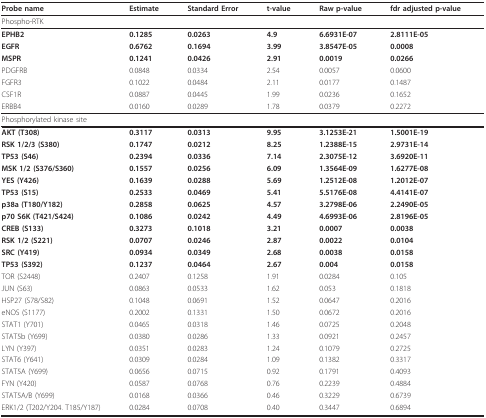
<table><thead><tr><td><b>Probe name</b></td><td><b>Estimate</b></td><td><b>Standard Error</b></td><td><b>t-value</b></td><td><b>Raw p-value</b></td><td><b>fdr adjusted p-value</b></td></tr></thead><tbody><tr><td>Phospho-RTK</td><td></td><td></td><td></td><td></td><td></td></tr><tr><td><b>EPHB2</b></td><td><b>0.1285</b></td><td><b>0.0263</b></td><td><b>4.9</b></td><td><b>6.6931E-07</b></td><td><b>2.8111E-05</b></td></tr><tr><td><b>EGFR</b></td><td><b>0.6762</b></td><td><b>0.1694</b></td><td><b>3.99</b></td><td><b>3.8547E-05</b></td><td><b>0.0008</b></td></tr><tr><td><b>MSPR</b></td><td><b>0.1241</b></td><td><b>0.0426</b></td><td><b>2.91</b></td><td><b>0.0019</b></td><td><b>0.0266</b></td></tr><tr><td>PDGFRB</td><td>0.0848</td><td>0.0334</td><td>2.54</td><td>0.0057</td><td>0.0600</td></tr><tr><td>FGFR3</td><td>0.1022</td><td>0.0484</td><td>2.11</td><td>0.0177</td><td>0.1487</td></tr><tr><td>CSF1R</td><td>0.0887</td><td>0.0445</td><td>1.99</td><td>0.0236</td><td>0.1652</td></tr><tr><td>ERBB4</td><td>0.0160</td><td>0.0289</td><td>1.78</td><td>0.0379</td><td>0.2272</td></tr><tr><td>Phosphorylated kinase site</td><td></td><td></td><td></td><td></td><td></td></tr><tr><td><b>AKT (T308)</b></td><td><b>0.3117</b></td><td><b>0.0313</b></td><td><b>9.95</b></td><td><b>3.1253E-21</b></td><td><b>1.5001E-19</b></td></tr><tr><td><b>RSK 1/2/3 (S380)</b></td><td><b>0.1747</b></td><td><b>0.0212</b></td><td><b>8.25</b></td><td><b>1.2388E-15</b></td><td><b>2.9731E-14</b></td></tr><tr><td><b>TP53 (S46)</b></td><td><b>0.2394</b></td><td><b>0.0336</b></td><td><b>7.14</b></td><td><b>2.3075E-12</b></td><td><b>3.6920E-11</b></td></tr><tr><td><b>MSK 1/2 (S376/S360)</b></td><td><b>0.1557</b></td><td><b>0.0256</b></td><td><b>6.09</b></td><td><b>1.3564E-09</b></td><td><b>1.6277E-08</b></td></tr><tr><td><b>YES (Y426)</b></td><td><b>0.1639</b></td><td><b>0.0288</b></td><td><b>5.69</b></td><td><b>1.2512E-08</b></td><td><b>1.2012E-07</b></td></tr><tr><td><b>TP53 (S15)</b></td><td><b>0.2533</b></td><td><b>0.0469</b></td><td><b>5.41</b></td><td><b>5.5176E-08</b></td><td><b>4.4141E-07</b></td></tr><tr><td><b>p38a (T180/Y182)</b></td><td><b>0.2858</b></td><td><b>0.0625</b></td><td><b>4.57</b></td><td><b>3.2798E-06</b></td><td><b>2.2490E-05</b></td></tr><tr><td><b>p70 S6K (T421/S424)</b></td><td><b>0.1086</b></td><td><b>0.0242</b></td><td><b>4.49</b></td><td><b>4.6993E-06</b></td><td><b>2.8196E-05</b></td></tr><tr><td><b>CREB (S133)</b></td><td><b>0.3273</b></td><td><b>0.1018</b></td><td><b>3.21</b></td><td><b>0.0007</b></td><td><b>0.0038</b></td></tr><tr><td><b>RSK 1/2 (S221)</b></td><td><b>0.0707</b></td><td><b>0.0246</b></td><td><b>2.87</b></td><td><b>0.0022</b></td><td><b>0.0104</b></td></tr><tr><td><b>SRC (Y419)</b></td><td><b>0.0934</b></td><td><b>0.0349</b></td><td><b>2.68</b></td><td><b>0.0038</b></td><td><b>0.0158</b></td></tr><tr><td><b>TP53 (S392)</b></td><td><b>0.1237</b></td><td><b>0.0464</b></td><td><b>2.67</b></td><td><b>0.004</b></td><td><b>0.0158</b></td></tr><tr><td>TOR (S2448)</td><td>0.2407</td><td>0.1258</td><td>1.91</td><td>0.0284</td><td>0.105</td></tr><tr><td>JUN (S63)</td><td>0.0863</td><td>0.0533</td><td>1.62</td><td>0.053</td><td>0.1818</td></tr><tr><td>HSP27 (S78/S82)</td><td>0.1048</td><td>0.0691</td><td>1.52</td><td>0.0647</td><td>0.2016</td></tr><tr><td>eNOS (S1177)</td><td>0.2002</td><td>0.1331</td><td>1.50</td><td>0.0672</td><td>0.2016</td></tr><tr><td>STAT1 (Y701)</td><td>0.0465</td><td>0.0318</td><td>1.46</td><td>0.0725</td><td>0.2048</td></tr><tr><td>STAT5b (Y699)</td><td>0.0380</td><td>0.0286</td><td>1.33</td><td>0.0921</td><td>0.2457</td></tr><tr><td>LYN (Y397)</td><td>0.0351</td><td>0.0283</td><td>1.24</td><td>0.1079</td><td>0.2725</td></tr><tr><td>STAT6 (Y641)</td><td>0.0309</td><td>0.0284</td><td>1.09</td><td>0.1382</td><td>0.3317</td></tr><tr><td>STAT5A (Y699)</td><td>0.0656</td><td>0.0715</td><td>0.92</td><td>0.1791</td><td>0.4093</td></tr><tr><td>FYN (Y420)</td><td>0.0587</td><td>0.0768</td><td>0.76</td><td>0.2239</td><td>0.4884</td></tr><tr><td>STAT5A/B (Y699)</td><td>0.0168</td><td>0.0366</td><td>0.46</td><td>0.3229</td><td>0.6739</td></tr><tr><td>ERK1/2 (T202/Y204. T185/Y187)</td><td>0.0284</td><td>0.0708</td><td>0.40</td><td>0.3447</td><td>0.6894</td></tr></tbody></table>